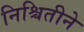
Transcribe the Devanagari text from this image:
निश्चितीने